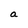
Character: a